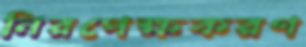
নিরপেক্ষকরণ